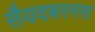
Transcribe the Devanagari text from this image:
सैयदबरनस